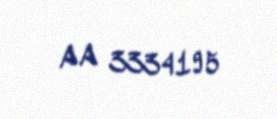
AA 3334195